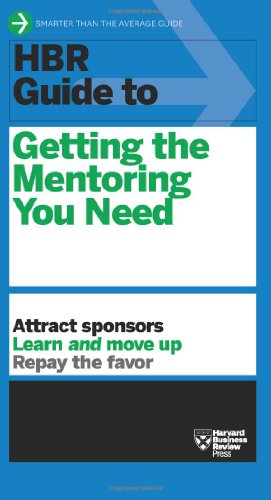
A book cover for HBR Guide to Getting the Mentoring You Need (HBR Guide Series); Harvard Business Review; Business & Money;